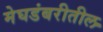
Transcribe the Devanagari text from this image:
मेघडंबरीतील